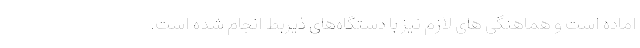
اماده است و هماهنگی های لازم نیز با دستگاه‌های ذیربط انجام شده است.